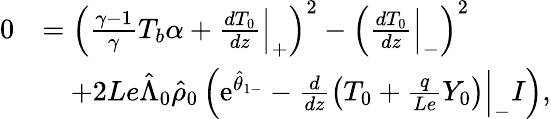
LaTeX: \begin{array}{rl}{0}&{=\left(\frac{\gamma-1}{\gamma}T_{b}\alpha+\frac{d{T}_{0}}{dz}\Big|_{+}\right)^{2}-\left(\frac{d{T}_{0}}{dz}\Big|_{-}\right)^{2}}\\ &{\quad+2Le\hat{\Lambda}_{0}\hat{\rho}_{0}\left(\mathrm{e}^{\hat{\theta}_{1-}}-\frac{d}{dz}\left({T}_{0}+\frac{q}{Le}{Y}_{0}\right)\Big|_{-}I\right),}\end{array}